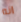
انه